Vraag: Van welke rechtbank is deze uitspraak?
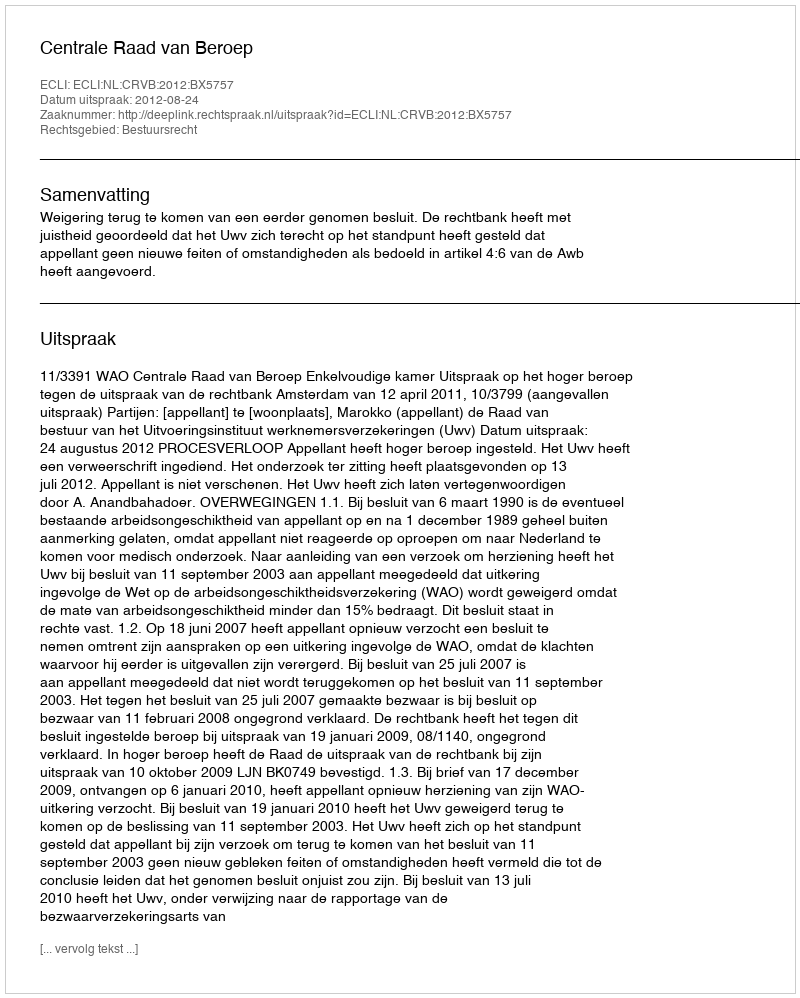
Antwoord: Centrale Raad van Beroep